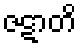
ဇဋာတိ